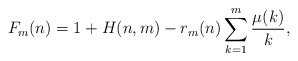
\begin{align*}F_m (n) = 1 + H(n,m) - r_m(n) \sum_{k=1}^m \frac{\mu(k)}{k},\end{align*}